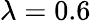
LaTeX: \lambda=0.6